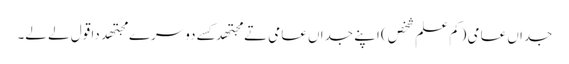
جداں عامی (کم علم شخص) اپنے جداں عامی تے مجتھدکِس‏ے دوسرے مجتھد دا قول لے لے۔